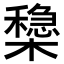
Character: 𣝟